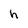
Character: h